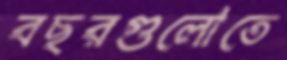
বছরগুলোতে